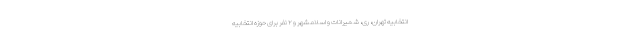
انتخابیه تهران، ری، شمیرانات و اسلامشهر و ۲ نفر برای حوزه انتخابیه